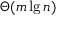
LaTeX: \Theta ( m \lg n )